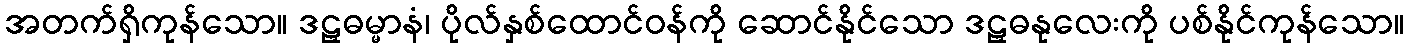
အတက်ရှိကုန်သော။ ဒဠှဓမ္မာနံ၊ ပိုလ်နှစ်ထောင်ဝန်ကို ဆောင်နိုင်သော ဒဠှဓနုလေးကို ပစ်နိုင်ကုန်သော။